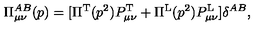
\Pi _ { \mu \nu } ^ { A B } ( p ) = [ \Pi ^ { \mathrm { T } } ( p ^ { 2 } ) P _ { \mu \nu } ^ { \mathrm { T } } + \Pi ^ { \mathrm { L } } ( p ^ { 2 } ) P _ { \mu \nu } ^ { \mathrm { L } } ] \delta ^ { A B } ,